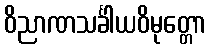
ဝိညာဏသင်္ခါယဝိမုတ္တော